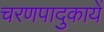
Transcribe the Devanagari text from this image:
चरणपादुकायें